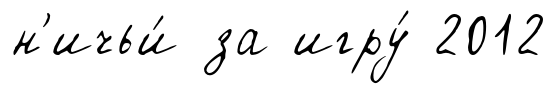
н'ичьи́ за игру́ 2012